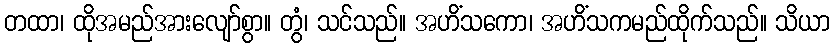
တထာ၊ ထိုအမည်အားလျော်စွာ။ တွံ၊ သင်သည်။ အဟိံသကော၊ အဟိံသကမည်ထိုက်သည်။ သိယာ